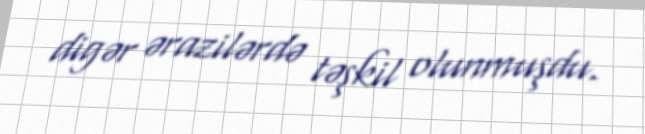
digər ərazilərdə təşkil olunmuşdu.